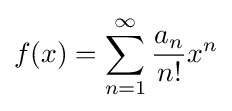
f(x)=\sum _{n=1}^{\infty }{a_{n} \over n!}x^{n}